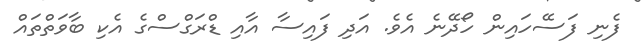
ފެނި ފަސޭހައިން ހޯދޭނެ އެވެ. އަދި ފައިސާ އާއި ޑްރަގްސްގެ އެކި ބާވަތްތައް